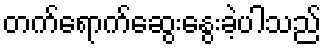
တက်ရောက်ဆွေးနွေးခဲ့ပါသည်